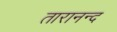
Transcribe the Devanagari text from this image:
तारानन्द